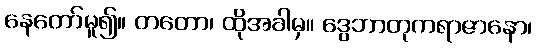
နေတော်မူ၍။ တတော၊ ထိုအခါမှ။ ဒွေဘာတုကရာဇာနော၊